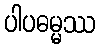
ပါပဓမ္မဿ